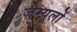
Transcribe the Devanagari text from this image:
जेम्यूलों